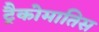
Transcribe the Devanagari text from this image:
ट्रैकोमातिस